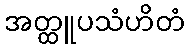
အတ္ထူပသံဟိတံ